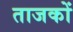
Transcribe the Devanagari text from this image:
ताजकों